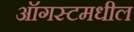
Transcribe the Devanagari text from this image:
ऑगस्टमधील